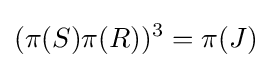
{(\pi (S)\pi (R))^{3}=\pi (J)}